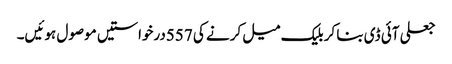
جعلی آئی ڈی بنا کر بلیک میل کرنے کی 557درخواستیں موصول ہوئیں۔